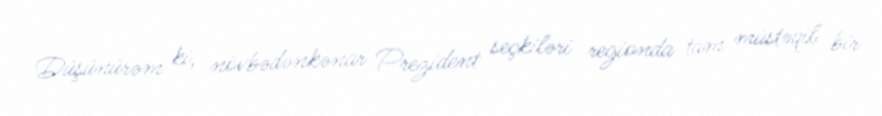
Düşünürəm ki, növbədənkənar Prezident seçkiləri regionda tam müstəqil bir